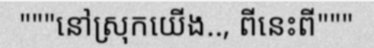
"""នៅស្រុកយើង.., ពីនេះពី"""